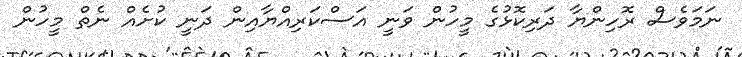
ނަމަވެސް ރޮހިންޔާ ދަރިކޮޅުގެ މީހުން ވަނީ އަސްކަރިއްޔާއިން ދަނީ ކުށެއް ނެތް މީހުން